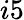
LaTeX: i5